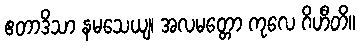
ဧတာဒိသာ နမသေယျ၊ အလမတ္တော ကုလေ ဂိဟီတိ။